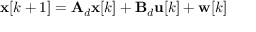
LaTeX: \mathbf { x } [ k + 1 ] = \mathbf { A } _ { d } \mathbf { x } [ k ] + \mathbf { B } _ { d } \mathbf { u } [ k ] + \mathbf { w } [ k ]